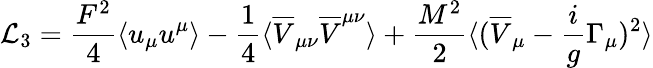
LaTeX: {\cal L}_{3}=\frac{F^{2}}{4}\langle u_{\mu}u^{\mu}\rangle-\frac{1}{4}\langle\overline{{V}}_{\mu\nu}\overline{{V}}^{\mu\nu}\rangle+\frac{M^{2}}{2}\langle(\overline{{V}}_{\mu}-\frac{i}{g}\Gamma_{\mu})^{2}\rangle